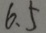
6 . 5